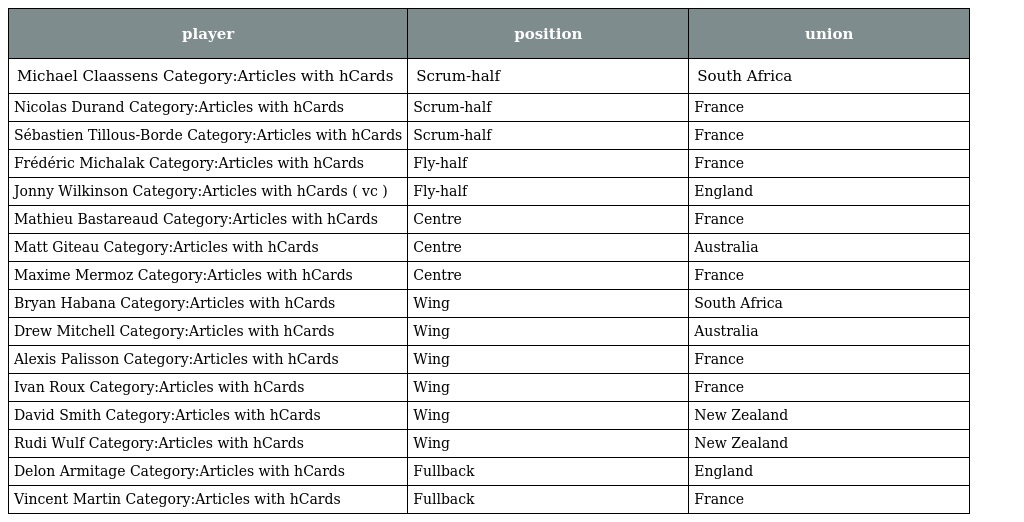
| player | position | union |
 | --- | --- | --- |
 | Michael Claassens Category:Articles with hCards | Scrum-half | South Africa |
 | Nicolas Durand Category:Articles with hCards | Scrum-half | France |
 | Sébastien Tillous-Borde Category:Articles with hCards | Scrum-half | France |
 | Frédéric Michalak Category:Articles with hCards | Fly-half | France |
 | Jonny Wilkinson Category:Articles with hCards ( vc ) | Fly-half | England |
 | Mathieu Bastareaud Category:Articles with hCards | Centre | France |
 | Matt Giteau Category:Articles with hCards | Centre | Australia |
 | Maxime Mermoz Category:Articles with hCards | Centre | France |
 | Bryan Habana Category:Articles with hCards | Wing | South Africa |
 | Drew Mitchell Category:Articles with hCards | Wing | Australia |
 | Alexis Palisson Category:Articles with hCards | Wing | France |
 | Ivan Roux Category:Articles with hCards | Wing | France |
 | David Smith Category:Articles with hCards | Wing | New Zealand |
 | Rudi Wulf Category:Articles with hCards | Wing | New Zealand |
 | Delon Armitage Category:Articles with hCards | Fullback | England |
 | Vincent Martin Category:Articles with hCards | Fullback | France |